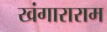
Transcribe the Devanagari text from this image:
खंगाराराम